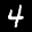
Label: 4